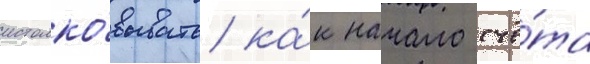
истолко́вывать ка́к начало счё́та